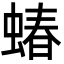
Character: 蝽